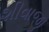
શીવાજી